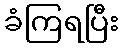
ခံကြရပြီး